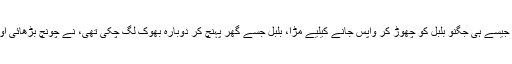
بقیہ کہانی یہ ہے کہ جیسے ہی جگنو بلبل کو چھوڑ کر واپس جانے کیلیے مڑا، بلبل جسے گھر پہنچ کر دوبارہ بھوک لگ چکی تھی، نے چونچ بڑھائی اور جگنو کو ہڑپ گیا۔